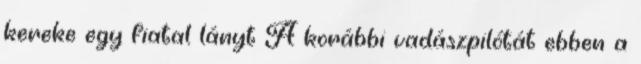
kereke egy fiatal lányt A korábbi vadászpilótát ebben a